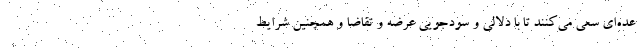
عده‌ای سعی می‌کنند تا با دلالی و سودجویی عرضه و تقاضا و همچنین شرایط